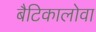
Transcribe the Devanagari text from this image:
बैटिकालोवा